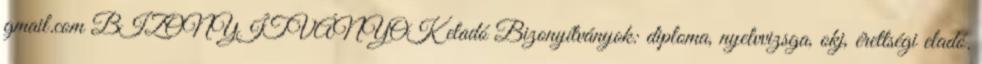
gmail.com BIZONYÍTVÁNYOK eladó Bizonyítványok: diploma, nyelvvizsga, okj, érettségi eladó.